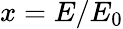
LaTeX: x=E/E_{0}